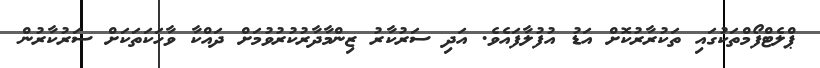
ޕްލެޓްފޯމްތަކުގައި ތަކުރާރުކޮށް އަޑު އުފުލާފައެވެ. އަދި ސަރުކާރު ޒިންމާދާރުކުރުވުމަށް ދައްކާ ވާހަކަތަކަށް ސަރުކާރުން